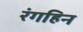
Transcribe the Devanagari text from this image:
रंगहिन